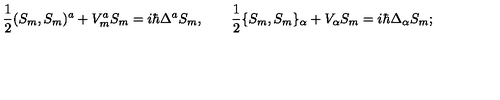
\mathrm { \frac { 1 } { 2 } } ( S _ { m } , S _ { m } ) ^ { a } + V _ { m } ^ { a } S _ { m } = i \hbar \Delta ^ { a } S _ { m } , \qquad \mathrm { \frac { 1 } { 2 } } \{ S _ { m } , S _ { m } \} _ { \alpha } + V _ { \alpha } S _ { m } = i \hbar \Delta _ { \alpha } S _ { m } ;